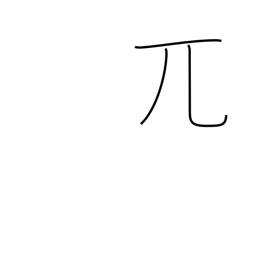
Meaning: bald